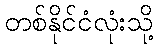
တစ်နိုင်ငံလုံးသို့